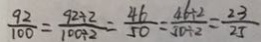
\frac { 9 2 } { 1 0 0 } = \frac { 9 2 \div 2 } { 1 0 0 \div 2 } = \frac { 4 6 } { 5 0 } = \frac { 4 6 \div 2 } { 5 0 \div 2 } = \frac { 2 3 } { 2 5 }